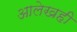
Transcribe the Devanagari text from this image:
आलेखही